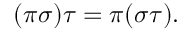
( \pi \sigma ) \tau = \pi ( \sigma \tau ) .